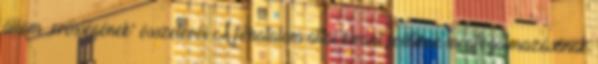
állam „erősségének” összetevői A főhatalom által kívánt politikák megfogalmazásának